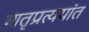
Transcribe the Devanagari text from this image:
शतृप्रत्ययांत